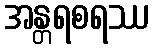
အန္တရစရဿ